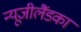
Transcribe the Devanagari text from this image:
न्यूजीलैंडका